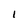
Character: I